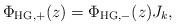
LaTeX: \begin{align*}\Phi_{\mathrm{HG},+}(z) = \Phi_{\mathrm{HG},-}(z)J_{k},\end{align*}